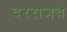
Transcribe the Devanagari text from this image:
दररोजचे